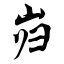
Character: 岿